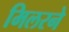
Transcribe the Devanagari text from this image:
मिलरने